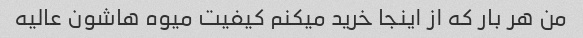
من هر بار که از اینجا خرید میکنم کیفیت میوه هاشون عالیه